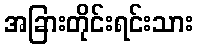
အခြားတိုင်းရင်းသား